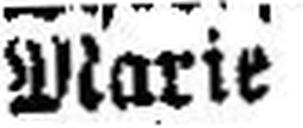
Marie